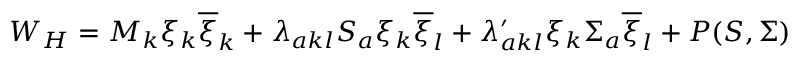
W _ { H } = M _ { k } \xi _ { k } \overline { { { \xi } } } _ { k } + \lambda _ { a k l } S _ { a } \xi _ { k } \overline { { { \xi } } } _ { l } + \lambda _ { a k l } ^ { \prime } \xi _ { k } \Sigma _ { a } \overline { { { \xi } } } _ { l } + P ( S , \Sigma )